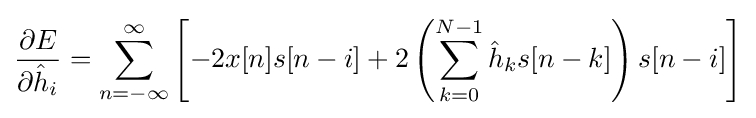
{\frac {\partial E}{\partial {\hat {h}}_{i}}}=\sum _{n=-\infty }^{\infty }\left[-2x[n]s[n-i]+2\left(\sum _{k=0}^{N-1}{\hat {h}}_{k}s[n-k]\right)s[n-i]\right]